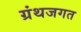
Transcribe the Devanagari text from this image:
ग्रंथजगत